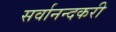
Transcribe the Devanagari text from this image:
सर्वानन्दकरी